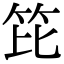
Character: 笓